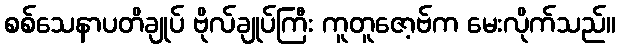
စစ်သေနာပတိချုပ် ဗိုလ်ချုပ်ကြီး ကူတူဇော့ဗ်က မေးလိုက်သည်။